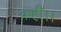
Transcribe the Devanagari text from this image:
कही।।